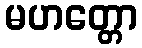
မဟတ္တော